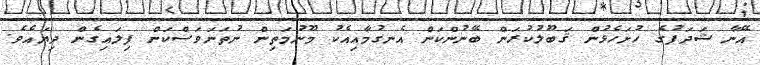
އޭނާ ޝަދަފުގެ ހުށަހެޅުން ޤަބޫލުކުރަން ބޭނުންކަން އެނގުމާއިއެކު މޫނުމަތިން ނުތަނަވަސްކަން ފިލައިގެން ދިޔައެވެ.